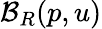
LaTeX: \mathcal B_{R}(p,u)